Annual report on the working of the mental hospitals in the Madras Presidency - 1912-1932
Year: 1912
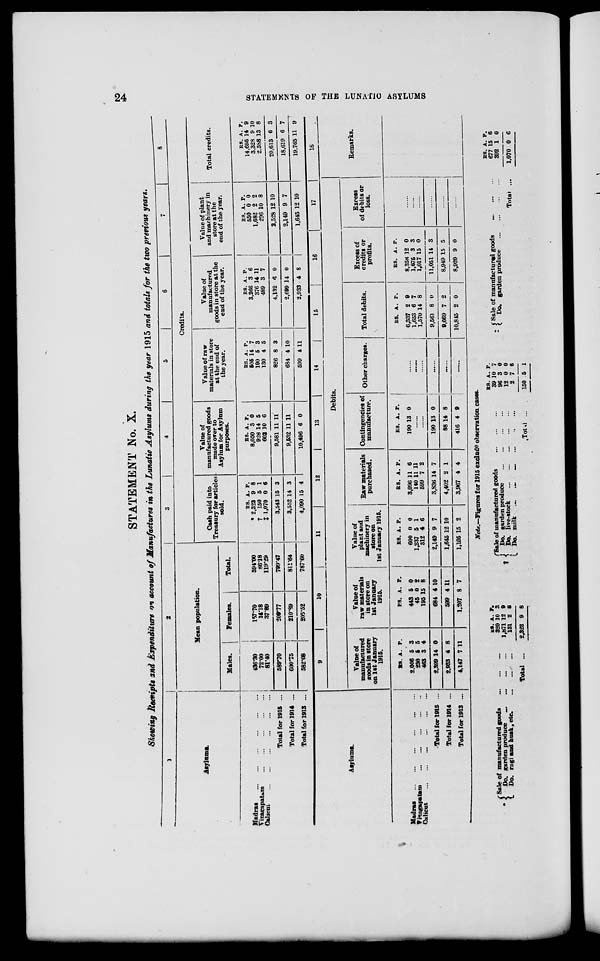
24
STATEMENTS OF THE LUNATIC ASYLUMS
STATEMENT No. X.
Showing Receipts and Expenditure on account of Manufactures in the Lunatic Asylums during the year 1915 and totals for the two previous years.
1
Asylums.
Madras ... ... ... ... ... ...
Vizagapatam ... ... ... ... ...
Calicut ... ... ... ... ... ...
Total for 1915 ...
Total for 1914 ...
Total for 1913 ...
2
Mean population.
Males.
436.30
72.00
81.40
589.70
600.75
582.08
Females.
157.70
14.18
37.89
209.77
210.89
205.52
Total.
594.00
86.18
119.29
799.47
811.64
787.60
3
4
5
6
7
8
Credits.
Cash paid into
Treasury for articles
sold.
RS.
* 2,323
† 150
‡ 1,070
3,543
3,552
4,090
A.
9
5
0
15
14
15
P.
8
1
6
3
3
4
Value of
manufactured goods
made over to
Asylum for Asylum
purposes.
RS.
8,050
928
602
9,581
9,532
10,496
A.
3
14
10
11
11
6
P.
0
5
6
11
11
0
Value of raw
materials in store
at the end of
the year.
RS.
505
190
130
826
684
599
A.
14
5
4
8
4
4
P.
7
3
5
3
10
11
Value of
manufactured
goods in store at the
end of the year.
RS.
3,266
376
489
4,132
2,699
2,933
A.
3
14
3
6
14
4
P.
6
11
7
0
0
8
Value of plant
and machinery in
store at the
end of the year.
RS.
550
1,682
296
2,528
2,149
1,645
A.
0
2
10
12
9
12
P.
0
2
8
10
7
10
Total credits.
RS.
14,695
3,328
2,588
20,613
18,619
19,765
A.
14
9
13
6
6
11
P.
9
10
8
3
7
9
Asylums.
Madras
...
...
...
...
...
...
Vizagapatam
...
...
...
...
...
Calicut
...
...
...
...
...
...
Total for 1915 ...
Total for 1914 ...
Total for 1913 ...
9
10
11
12
13
14 15
16
17
Debits.
Value of
manufactured
goods in store
on 1st January
1915.
RS.
2,006
230
463
2,399
2,933
4,147
A.
5
5
3
14
4
7
P.
3
5
4
0
8
11
Value of
raw materials
in store on
1st January
1915.
RS.
443
45
195
684
599
1,207
A.
5
0
15
4
4
8
P.
0
2
8
10
11
7
Value of
plant and
machinery in
store on
1st January 1915.
RS.
600
1,237
312
2,149
1,645
1,105
A.
0
5
4
9
12
15
P.
0
1
6
7
10
2
Raw materials
purchased.
RS.
3,096
140
599
3,836
4,402
3,967
A.
11
11
7
14
2
4
P.
6
11
2
7
1
4
Contingencies of
manufacture.
RS.
190
A.
13
P.
0
......
......
190
88
416
13
14
4
0
8
9
Other charges.
......
......
......
......
......
......
Total debits.
RS.
6,337
1,653
1,570
9,561
9,669
10,845
A.
2
6
14
8
7
2
P.
9
7
8
0
2
0
Excess of
credits or
profits.
RS.
8,358
1,675
1,017
11,051
8,949
8,920
A.
12
3
15
14
15
9
P.
0
3
0
3
5
0
Excess
of debits or
loss.
......
......
......
......
......
......
18
Remarks.
Note.—Figures for 1915 exclude observation cases.
*
Sale of manufactured goods
...
...
...
Do. garden produce
...
...
...
...
Do. ragi and husk, etc.
...
...
...
Total ...
RS.
320
1,871
131
2,323
A.
10
12
2
9
P.
3
9
8
8
†
Sale of manufactured goods
...
...
...
Do. garden produce
...
...
...
...
Do. live-stock
...
...
...
...
...
Do. milk
...
...
...
...
...
...
Total ...
RS.
39
96
12
2
150
A.
10
3
0
7
5
P.
7
0
0
6
1
‡ Sale of manufactured goods
...
...
...
Do. garden produce
...
...
...
...
Total ...
RS.
677
392
1,070
A.
15
1
0
P.
6
0
6